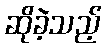
ဆိုခဲ့သည့်